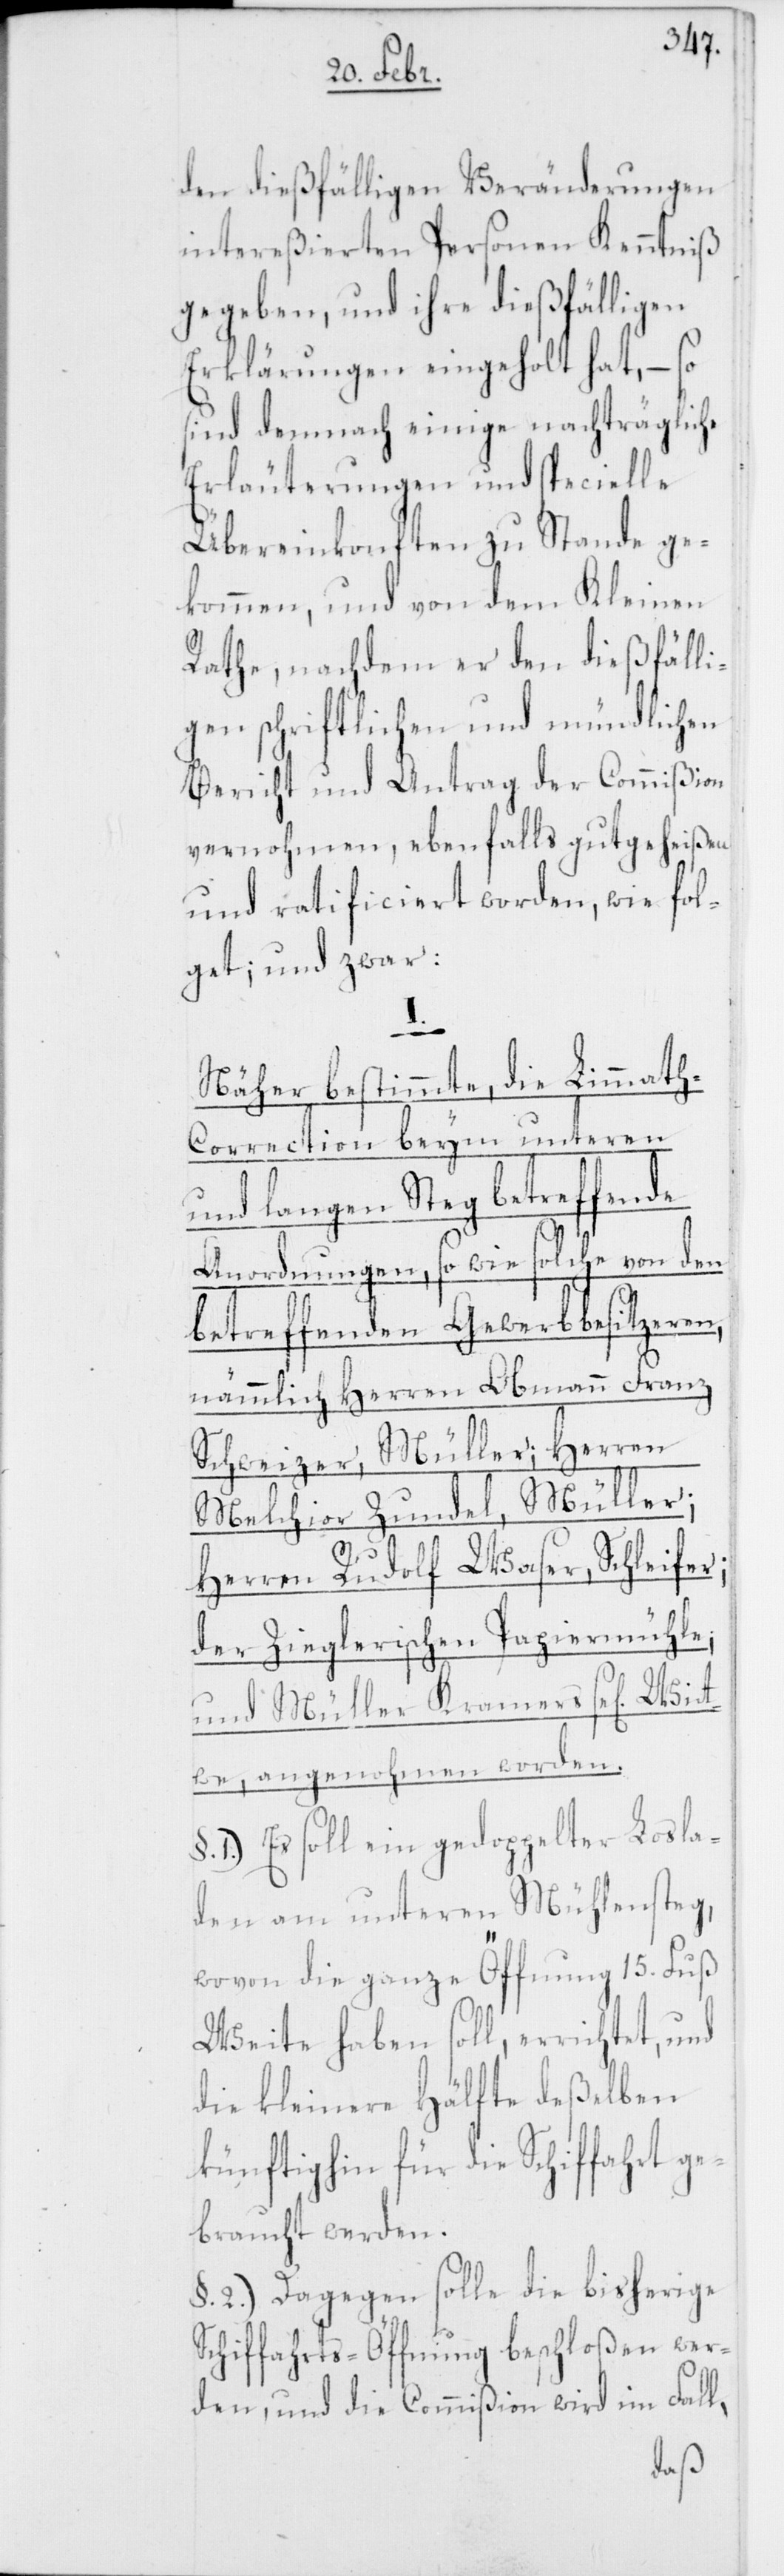
den dießfälligen Veränderungen
intereßierten Personen Kenntniß
gegeben, und ihre dießfälligen
Erklärungen eingeholt hat, – so
sind demnach einige nachträgliche
Erläuterungen und specielle
Übereinkonften zu Stande ge¬
kommen, und von dem Kleinen
Rathe, nachdem er den dießfälli¬
gen schriftlichen und mündlichen
Bericht und Antrag der Commißion
vernohmen, ebenfalls gutgeheißen
und ratificiert worden, wie fol¬
get; und zwar:
I.
Näher bestimmte, die Limmath-C¬
orrection beym unteren
und langen Steg betreffende
Anordnungen, so wie solche von den
betreffenden Gewerbbesitzeren,
nämmlich Herren Obmann Franz
Schweizer, Müller; Herren
Melchior Zundel, Müller;
Herren Rudolf Waser, Schleifer;
der Zieglerischen Papiermühle;
und Müller Kramers se[lig] Wit¬
twe, angenohmen worden.
§. 1) Es soll ein gedoppelter Losla¬
den am unteren Mühlensteg,
wovon die ganze Öffnung 15. Fuß
Weite haben soll, errichtet, und
die kleinere Hälfte deßelben
künftighin für die Schiffahrt ge¬
braucht werden.
§. 2) Dagegen solle die bisherige
Schiffahrts-Öffnung beschloßen wer¬
den, und die Commißion wird im Fall,